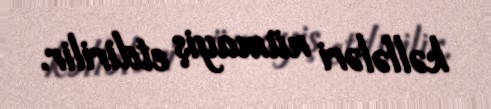
kəllələri nümayiş etdirilir.